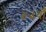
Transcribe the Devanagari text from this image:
४३वाँ